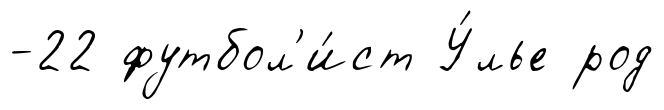
-22 футбол'и́ст У́лье род